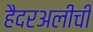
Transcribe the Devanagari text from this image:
हैदरअलीची